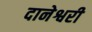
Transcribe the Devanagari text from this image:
दानेश्वरी